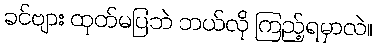
ခင်ဗျား ထုတ်မပြဘဲ ဘယ်လို ကြည့်ရမှာလဲ။